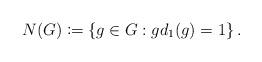
LaTeX: \begin{align*}N(G) \coloneqq \left\{ g \in G : g d_1(g) = 1 \right\}.\end{align*}